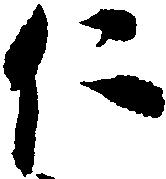
仁